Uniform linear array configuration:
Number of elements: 8
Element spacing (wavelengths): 1
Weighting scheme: hann
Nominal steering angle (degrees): -60
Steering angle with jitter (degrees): -59.995
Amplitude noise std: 0.05
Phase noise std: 0.05

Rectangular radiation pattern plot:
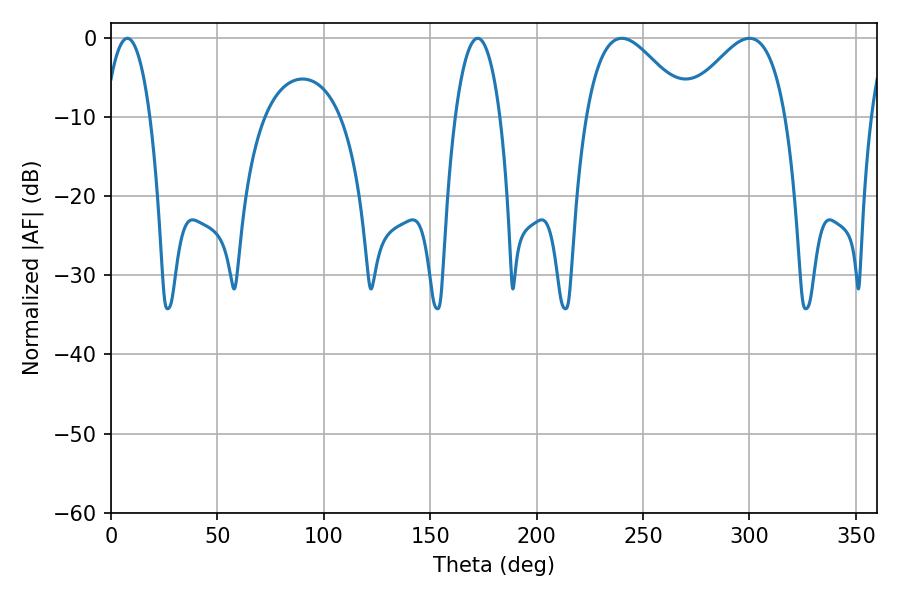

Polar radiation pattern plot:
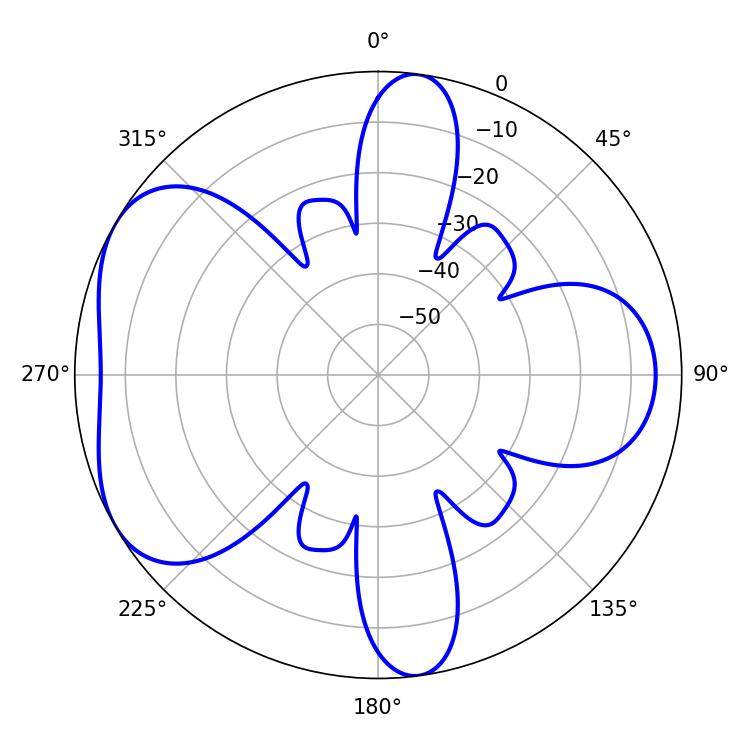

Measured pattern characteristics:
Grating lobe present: TRUE
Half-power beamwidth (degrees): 25.92
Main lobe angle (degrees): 239.94